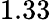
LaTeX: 1.33